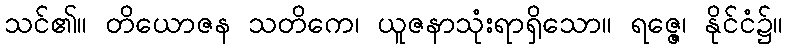
သင်၏။ တိယောဇန သတိကေ၊ ယူဇနာသုံးရာရှိသော။ ရဇ္ဇေ၊ နိုင်ငံ၌။